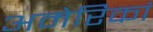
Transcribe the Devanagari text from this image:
अमेरिकां